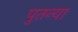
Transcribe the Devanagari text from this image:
पुतन्या